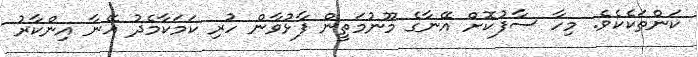
ކަންތަކެކެވެ. މިހާ ސާފުކޮށް އޭނާގެ މޫނުމަތީން ފާޅުވާން ހުރި ކަމަކާމެދު އޭނާ އިންކާރު